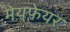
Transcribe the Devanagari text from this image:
मेयफ़ेयर